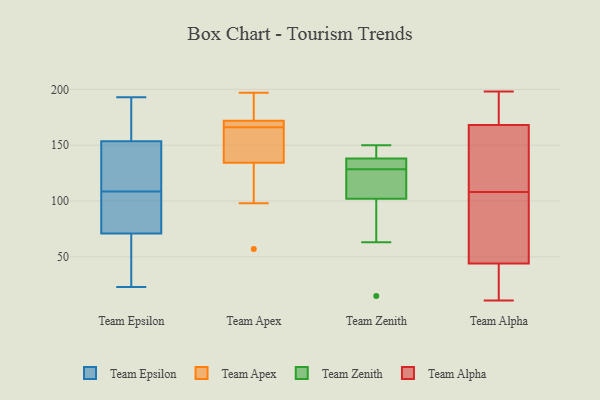
{"axis": {"x": "Page Views", "y": "Value"}, "legend": ["Team Alpha", "Team Apex", "Team Epsilon", "Team Zenith"], "data": [{"x": "", "y": 156, "type": "Team Epsilon"}, {"x": "", "y": 193, "type": "Team Epsilon"}, {"x": "", "y": 75, "type": "Team Epsilon"}, {"x": "", "y": 115, "type": "Team Epsilon"}, {"x": "", "y": 190, "type": "Team Epsilon"}, {"x": "", "y": 67, "type": "Team Epsilon"}, {"x": "", "y": 147, "type": "Team Epsilon"}, {"x": "", "y": 82, "type": "Team Epsilon"}, {"x": "", "y": 126, "type": "Team Epsilon"}, {"x": "", "y": 99, "type": "Team Epsilon"}, {"x": "", "y": 60, "type": "Team Epsilon"}, {"x": "", "y": 164, "type": "Team Epsilon"}, {"x": "", "y": 102, "type": "Team Epsilon"}, {"x": "", "y": 151, "type": "Team Epsilon"}, {"x": "", "y": 23, "type": "Team Epsilon"}, {"x": "", "y": 30, "type": "Team Epsilon"}, {"x": "", "y": 184, "type": "Team Epsilon"}, {"x": "", "y": 125, "type": "Team Epsilon"}, {"x": "", "y": 81, "type": "Team Epsilon"}, {"x": "", "y": 62, "type": "Team Epsilon"}, {"x": "", "y": 166, "type": "Team Apex"}, {"x": "", "y": 133, "type": "Team Apex"}, {"x": "", "y": 180, "type": "Team Apex"}, {"x": "", "y": 138, "type": "Team Apex"}, {"x": "", "y": 147, "type": "Team Apex"}, {"x": "", "y": 197, "type": "Team Apex"}, {"x": "", "y": 172, "type": "Team Apex"}, {"x": "", "y": 172, "type": "Team Apex"}, {"x": "", "y": 98, "type": "Team Apex"}, {"x": "", "y": 57, "type": "Team Apex"}, {"x": "", "y": 168, "type": "Team Apex"}, {"x": "", "y": 128, "type": "Team Zenith"}, {"x": "", "y": 103, "type": "Team Zenith"}, {"x": "", "y": 138, "type": "Team Zenith"}, {"x": "", "y": 63, "type": "Team Zenith"}, {"x": "", "y": 138, "type": "Team Zenith"}, {"x": "", "y": 146, "type": "Team Zenith"}, {"x": "", "y": 138, "type": "Team Zenith"}, {"x": "", "y": 150, "type": "Team Zenith"}, {"x": "", "y": 133, "type": "Team Zenith"}, {"x": "", "y": 87, "type": "Team Zenith"}, {"x": "", "y": 15, "type": "Team Zenith"}, {"x": "", "y": 102, "type": "Team Zenith"}, {"x": "", "y": 129, "type": "Team Zenith"}, {"x": "", "y": 116, "type": "Team Zenith"}, {"x": "", "y": 46, "type": "Team Alpha"}, {"x": "", "y": 137, "type": "Team Alpha"}, {"x": "", "y": 191, "type": "Team Alpha"}, {"x": "", "y": 136, "type": "Team Alpha"}, {"x": "", "y": 113, "type": "Team Alpha"}, {"x": "", "y": 185, "type": "Team Alpha"}, {"x": "", "y": 198, "type": "Team Alpha"}, {"x": "", "y": 151, "type": "Team Alpha"}, {"x": "", "y": 16, "type": "Team Alpha"}, {"x": "", "y": 50, "type": "Team Alpha"}, {"x": "", "y": 13, "type": "Team Alpha"}, {"x": "", "y": 103, "type": "Team Alpha"}, {"x": "", "y": 194, "type": "Team Alpha"}, {"x": "", "y": 65, "type": "Team Alpha"}, {"x": "", "y": 11, "type": "Team Alpha"}, {"x": "", "y": 197, "type": "Team Alpha"}, {"x": "", "y": 137, "type": "Team Alpha"}, {"x": "", "y": 42, "type": "Team Alpha"}, {"x": "", "y": 67, "type": "Team Alpha"}, {"x": "", "y": 42, "type": "Team Alpha"}]}